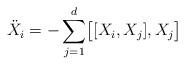
LaTeX: \begin{align*}{\ddot X_i}=-\sum_{j=1}^{d}\bigl [[X_i,X_j],X_j\bigr ]\end{align*}